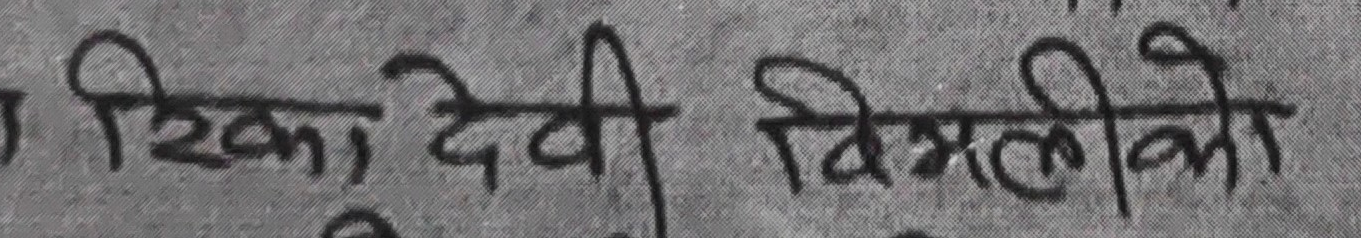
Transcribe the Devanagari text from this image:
रिका देवी विम्लीको